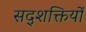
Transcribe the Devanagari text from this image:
सद्शक्तियों